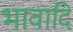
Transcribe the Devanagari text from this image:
भावादि